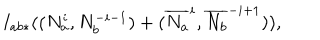
LaTeX: I _ { a b * } ( ( N _ { a } ^ { i } , N _ { b } ^ { - i - 1 } ) + ( \overline { { { N _ { a } } } } ^ { i } , \overline { { { N _ { b } } } } ^ { - i + 1 } ) ) ,